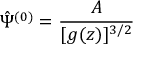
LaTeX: \hat { \Psi } ^ { ( 0 ) } = \frac { A } { [ g ( z ) ] ^ { 3 / 2 } }